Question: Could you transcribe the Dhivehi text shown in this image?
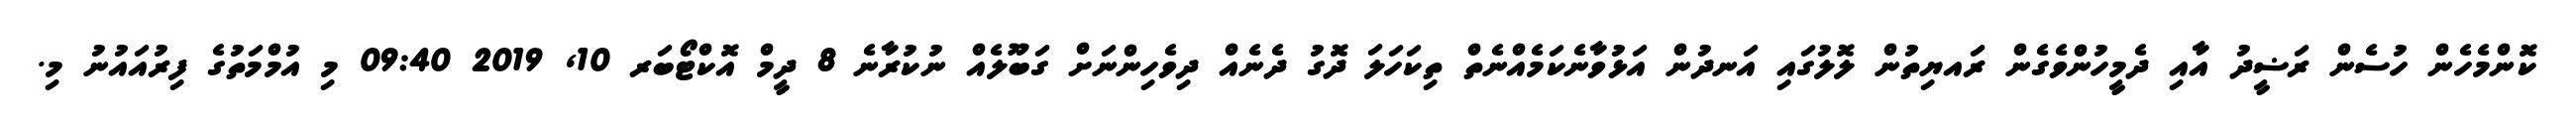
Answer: ކޮންމެހެން ހުސެން ރަޟީދު އާއި ދެމީހުންވެގެން ރައޔިތުން ލޮލުގައި އަނދުން އަޅުވާނެކަމެއްނެތް ތިކަހަލަ ދޮގު ދެނެއް ދިވެހިންނަށް ގަބޫލެއް ނުކުރާނެ 8 ދީމް އޮކްޓޯބަރ 10, 2019 09:40 މި އުމްމަތުގެ ފިރުއައުނު މި.